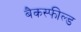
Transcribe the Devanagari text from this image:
बैकस्फील्ड